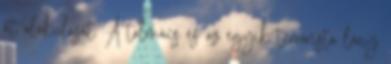
át alakulását. A tolmács és az egyik terrorista lány